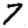
Digit: 7